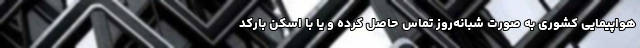
هواپیمایی کشوری به صورت شبانه‌روز تماس حاصل کرده و یا با اسکن بارکد